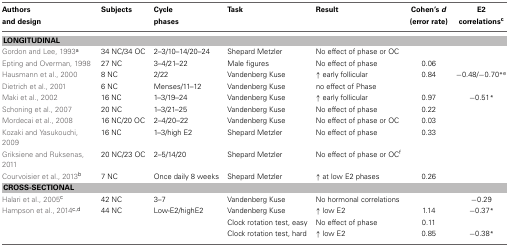
| Authors and design | Subjects | Cycle phases | Task | Result | Cohen's d (error rate) | E2 correlationsc |
 | --- | --- | --- | --- | --- | --- | --- |
 | <COLSPAN=7> LONGITUDINAL |
 | Gordon and Lee, 1993a | 34 NC/34 OC | 2–3/10–14/20–24 | Shepard Metzler | No effect of phase or OC |  |  |
 | Epting and Overman, 1998 | 27 NC | 3–4/21–22 | Male figures | No effect of phase | 0.06 |  |
 | Hausmann et al., 2000 | 8 NC | 2/22 | Vandenberg Kuse | ↑ early follicular | 0.84 | −0.48/−0.70*e |
 | Dietrich et al., 2001 | 6 NC | Menses/11–12 | Vandenberg Kuse | no effect of Phase |  |  |
 | Maki et al., 2002 | 16 NC | 1–3/19–24 | Vandenberg Kuse | ↑ early follicular | 0.97 | −0.51* |
 | Schoning et al., 2007 | 20 NC | 1–3/21–25 | Vandenberg Kuse | No effect of phase | 0.22 |  |
 | Mordecai et al., 2008 | 16 NC/20 OC | 2–4/20–22 | Vandenberg Kuse | No effect of phase or OC | 0.03 |  |
 | Kozaki and Yasukouchi, 2009 | 16 NC | 1–3/high E2 | Shepard Metzler | No effect of phase | 0.33 |  |
 | Griksiene and Ruksenas, 2011 | 20 NC/23 OC | 2–5/14/20 | Shepard Metzler | No effect of phase or OCf |  |  |
 | Courvoisier et al., 2013b | 7 NC | Once daily 8 weeks | Shepard Metzler | ↑ at low E2 phases | 0.26 |  |
 | <COLSPAN=7> CROSS-SECTIONAL |
 | Halari et al., 2005c | 42 NC | 3–7 | Vandenberg Kuse | No hormonal correlations |  | −0.29 |
 | Hampson et al., 2014c,d | 44 NC | Low-E2/highE2 | Vandenberg Kuse | ↑ low E2 | 1.14 | −0.37* |
 |  |  |  | Clock rotation test, easy | No effect of phase | 0.11 |  |
 |  |  |  | Clock rotation test, hard | ↑ low E2 | 0.85 | −0.38* |